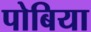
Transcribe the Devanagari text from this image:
पोबिया